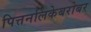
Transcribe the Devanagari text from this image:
पित्तनलिकेबरोबर